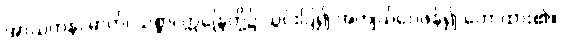
အာယတန၊ ဓာတ်၊ သစ္စာ၊ ဣန္ဒြေတို့၌ သွင်းပြ၍ အကျယ်ဝေဖန်၍ ဟောထား၏။